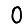
Digit: 0